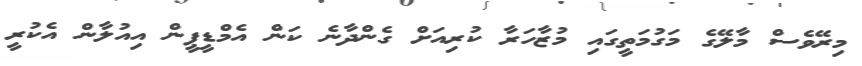
މިރޭވެސް މާލޭގެ މަގުމަތީގައި މުޒާހަރާ ކުރިއަށް ގެންދާނެ ކަން އެމްޑީޕީން އިއުލާން އެކުރީ